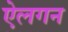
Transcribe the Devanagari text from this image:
ऐलगन